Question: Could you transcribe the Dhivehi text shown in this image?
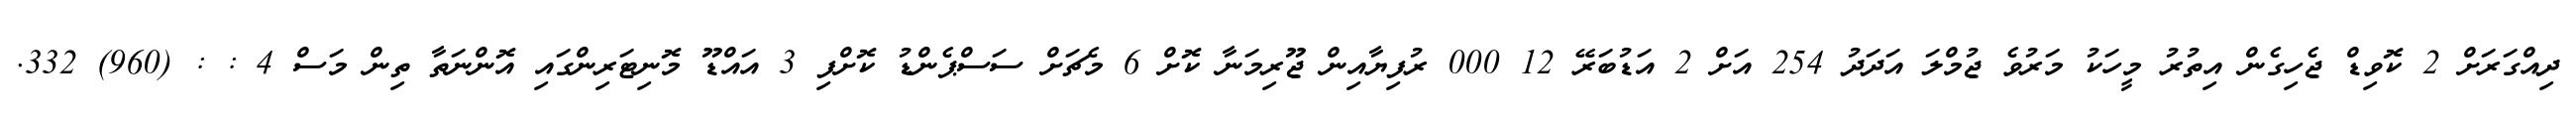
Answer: ދިއްގަރަށް 2 ކޮވިޑް ޖެހިގެން އިތުރު މީހަކު މަރުވެ ޖުމްލަ އަދަދު 254 އަށް 2 އަޑުބަރޭ 12 000 ރުފިޔާއިން ޖޫރިމަނާ ކޮށް 6 މެޗަށް ސަސްޕެންޑު ކޮށްފި 3 އައްޑޫ މޮނިޓަރިންގައި އޮންނަތާ ތިން މަސް 4 : : (960) 332.